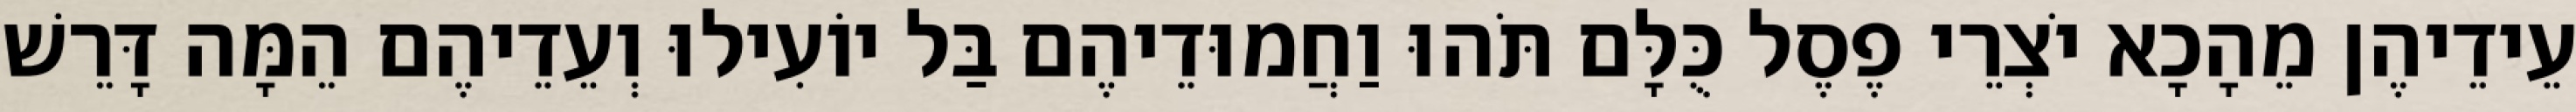
עֵידֵיהֶן מֵהָכָא יֹצְרֵי פֶסֶל כֻּלָּם תֹּהוּ וַחֲמוּדֵיהֶם בַּל יוֹעִילוּ וְעֵדֵיהֶם הֵמָּה דָּרֵשׁ